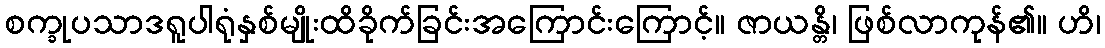
စက္ခုပသာဒရူပါရုံနှစ်မျိုးထိခိုက်ခြင်းအကြောင်းကြောင့်။ ဇာယန္တိ၊ ဖြစ်လာကုန်၏။ ဟိ၊